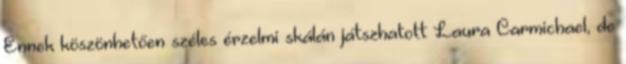
Ennek köszönhetően széles érzelmi skálán játszhatott Laura Carmichael, de